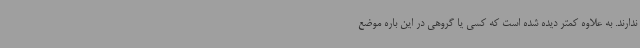
ندارند. به علاوه کمتر دیده شده است که کسی یا گروهی در این باره موضع